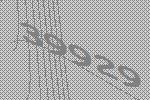
39929